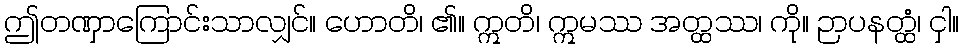
ဤတဏှာကြောင်းသာလျှင်။ ဟောတိ၊ ၏။ ဣတိ၊ ဣမဿ အတ္ထဿ၊ ကို။ ဉာပနတ္ထံ၊ ငှါ။